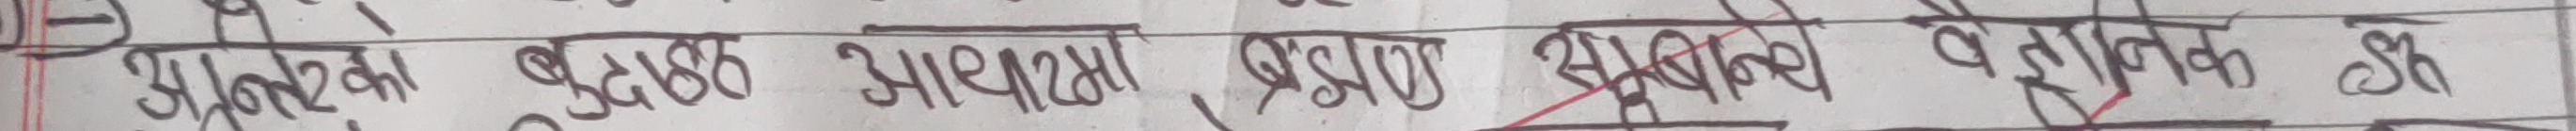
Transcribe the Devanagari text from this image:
प्रश्नाका बुझक आधारमा प्रश्न समका वैज्ञानिक उ